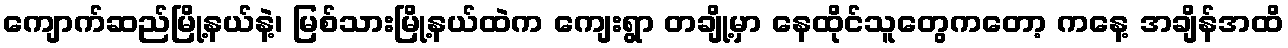
ကျောက်ဆည်မြို့နယ်နဲ့၊ မြစ်သားမြို့နယ်ထဲက ကျေးရွာ တချို့မှာ နေထိုင်သူတွေကတော့ ကနေ့ အချိန်အထိ